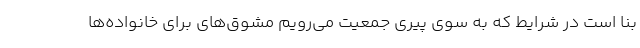
بنا است در شرایط که به سوی پیری جمعیت می‌رویم مشوق‌های برای خانواده‌ها